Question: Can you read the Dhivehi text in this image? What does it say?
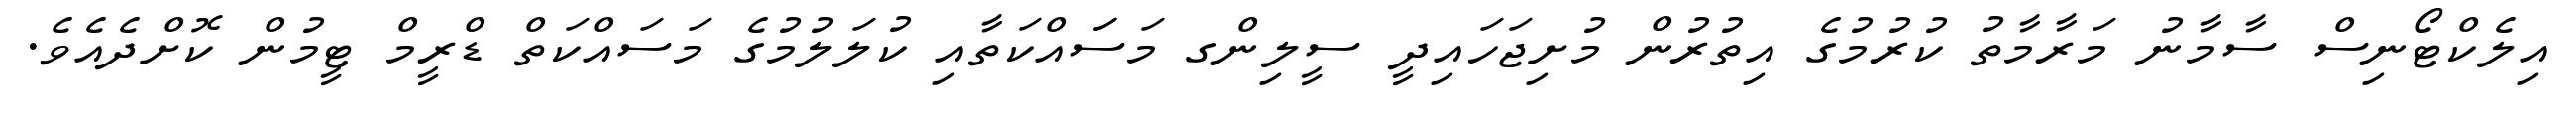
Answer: އިލެކްޓޯނިސް ސާމާނު މަރާމާތު ކުރުމުގެ އިތުރުން މުށިޖަހައިދީ ސީލިންގ މަސަައްކަތާއި ކުލަލުމުގެ މަސައްކަތް ޑްރީމް ޓީމުން ކޮށްދެއެވެ.